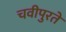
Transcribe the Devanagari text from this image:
चवीपुरते